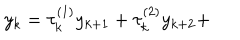
LaTeX: y _ { k } = \tau _ { k } ^ { ( 1 ) } y _ { k + 1 } + \tau _ { k } ^ { ( 2 ) } y _ { k + 2 } +